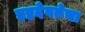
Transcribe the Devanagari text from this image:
इष्टदेवतेचा